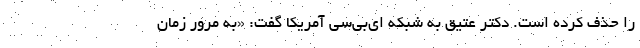
را حذف کرده است. دکتر عتیق به شبکه ای‌بی‌سی آمریکا گفت: «به مرور زمان